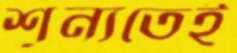
শূন্যতেই